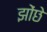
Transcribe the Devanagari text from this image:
झोंछे